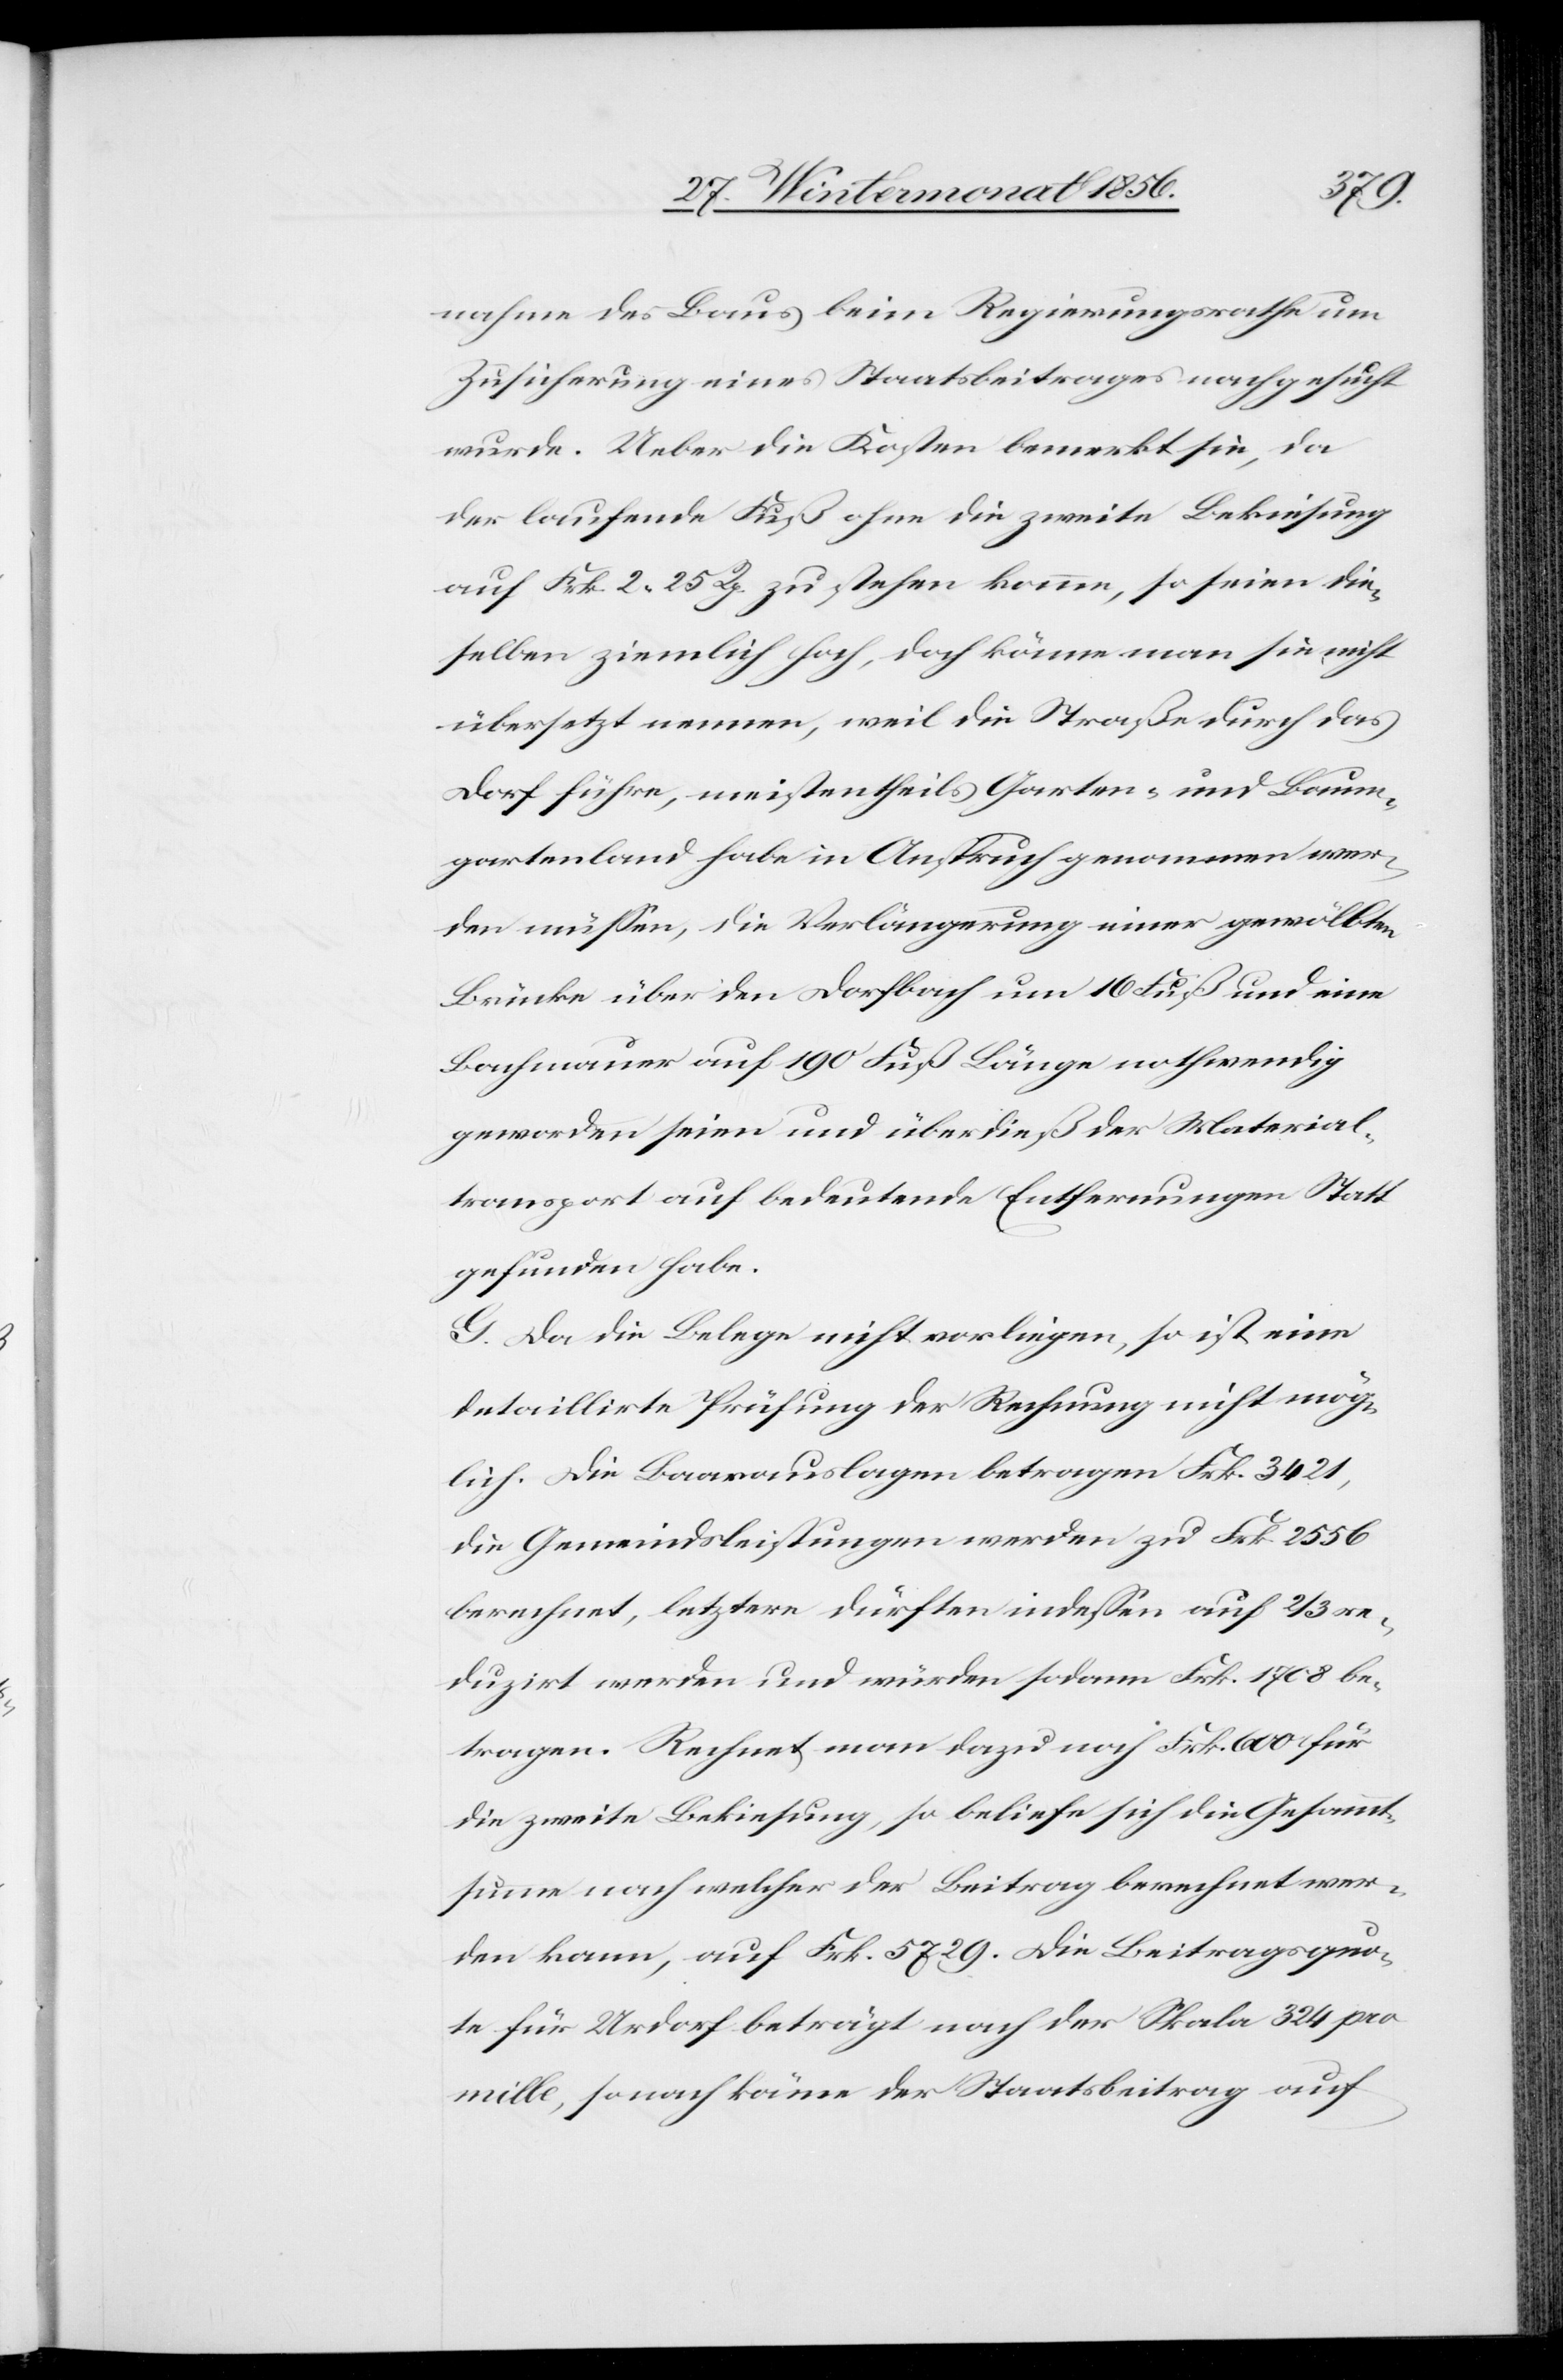
nahme des Baus beim Regierungsrathe um
Zusicherung eines Staatsbeitrages nachgesucht
wurde. Ueber die Kosten bemerkt sie, da
der laufende Fuß ohne die zweite Bekiesung
auf Frk. 2. 25 Rp. zu stehen komme, so seien die¬
selben ziemlich hoch, doch könne man sie nicht
übersetzt nennen, weil die Straße durch das
Dorf führe, meistentheils Garten- und Baum¬
gartenland habe in Anspruch genommen wer¬
den müssen, die Verlängerung einer gewölbten
Brücke über den Dorfbach um 16 Fuß und eine
Bachmauer auf 190 Fuß Länge nothwendig
geworden seien und überdieß der Material¬
transport auf bedeutende Entfernungen Statt
gefunden habe.
G. Da die Belege nicht vorliegen, so ist eine
detaillirte Prüfung der Rechnung nicht mög¬
lich. Die Baarauslagen betragen Frk. 3421,
die Gemeindsleistungen werden zu Frk. 2556
berechnet, letztere dürften indessen auf 2/3 re¬
duzirt werden und würden sodann Frk. 1708 be¬
tragen. Rechnet man dazu noch Frk. 600 für
die zweite Bekiesung, so beliefe sich die Gesammt¬
summe nach welcher der Beitrag berechnet wer¬
den kann, auf Frk. 5729. Die Beitragsquo¬
te für Urdorf beträgt nach der Skala 324 pro
mille, sonach käme der Staatsbeitrag auf